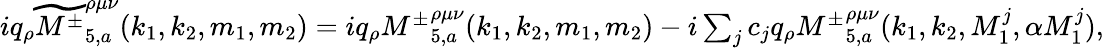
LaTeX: \begin{array}{r}{iq_{\rho}\widetilde{{M^{\pm}}}_{5,a}^{\rho\mu\nu}(k_{1},k_{2},m_{1},m_{2})=iq_{\rho}{M^{\pm}}_{5,a}^{\rho\mu\nu}(k_{1},k_{2},m_{1},m_{2})-i\sum_{j}c_{j}q_{\rho}{M^{\pm}}_{5,a}^{\rho\mu\nu}(k_{1},k_{2},M_{1}^{j},\alpha M_{1}^{j}),}\end{array}